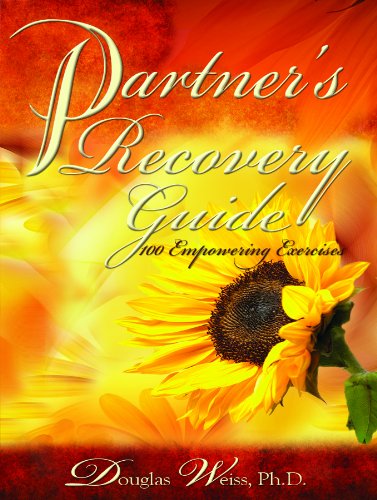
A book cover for Partners Recovery Guide : 100 Empowering Exercizes; Douglas Weiss; Health, Fitness & Dieting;